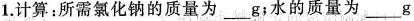
1.计算：所需氯化钠的质量为___g；水的质量为____g